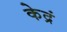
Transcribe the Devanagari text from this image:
केद्रं